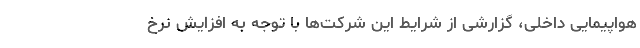
هواپیمایی داخلی، گزارشی از شرایط این شرکت‌ها با توجه به افزایش نرخ